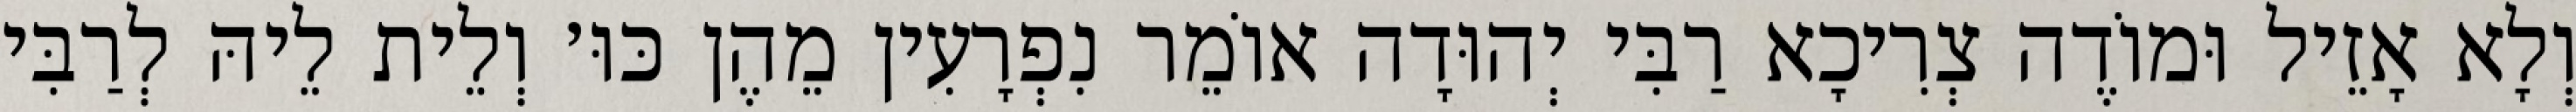
וְלָא אָזֵיל וּמוֹדֶה צְרִיכָא רַבִּי יְהוּדָה אוֹמֵר נִפְרָעִין מֵהֶן כּוּ׳ וְלֵית לֵיהּ לְרַבִּי